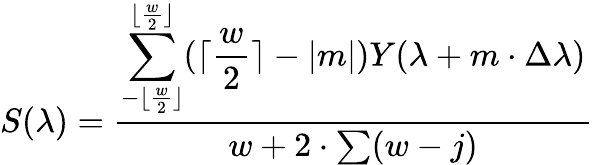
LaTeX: \large S(\lambda)={\frac{\displaystyle\sum_{-\lfloor{\frac{w}{2}}\rfloor}^{\lfloor{\frac{w}{2}}\rfloor}({\lceil{\frac{w}{2}}\rceil}-{\lvert{m}\rvert})Y(\lambda+m\cdot\Delta\lambda)}{w+2\cdot\sum(w-j)}}